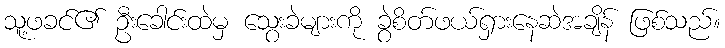
သူ့ဖခင်၏ ဦးခေါင်းထဲမှ သွေးခဲများကို ခွဲစိတ်ဖယ်ရှားနေဆဲအချိန် ဖြစ်သည်။